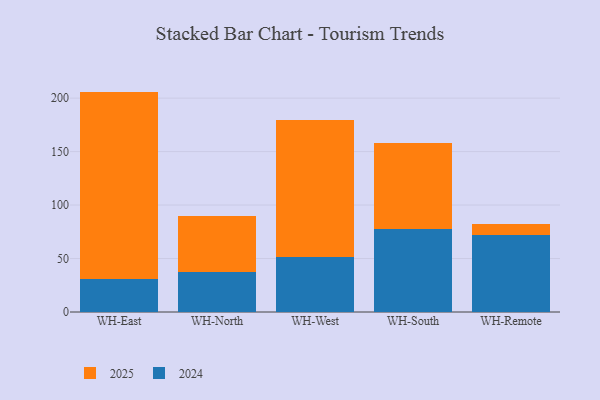
{"axis": {"x": "Warehouse", "y": "Conversion Rate (%)"}, "legend": ["2024", "2025"], "data": [{"x": "WH-East", "y": 175.3, "type": "2025"}, {"x": "WH-East", "y": 30.8, "type": "2024"}, {"x": "WH-North", "y": 52.7, "type": "2025"}, {"x": "WH-North", "y": 37.2, "type": "2024"}, {"x": "WH-West", "y": 128.6, "type": "2025"}, {"x": "WH-West", "y": 51.4, "type": "2024"}, {"x": "WH-South", "y": 80.5, "type": "2025"}, {"x": "WH-South", "y": 77.7, "type": "2024"}, {"x": "WH-Remote", "y": 10.3, "type": "2025"}, {"x": "WH-Remote", "y": 72.3, "type": "2024"}]}